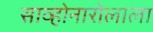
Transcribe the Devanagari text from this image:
साव्होनारोलाला